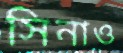
সিনাও